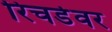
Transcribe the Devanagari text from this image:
रिचर्डवर